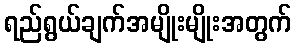
ရည်ရွယ်ချက်အမျိုးမျိုးအတွက်